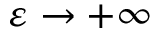
\varepsilon \to + \infty